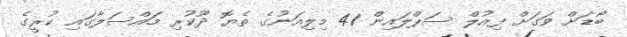
ބޯޑަށް ވަގަށް ފިއުލް ސަޕްލައިން 41 މިލިއަނުގެ ތެޔޮ ދޫކުރި މައްސަލާގައި ކުރީގެ